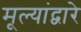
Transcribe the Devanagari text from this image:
मूल्यांद्वारे